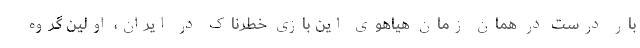
بار درست در همان زمان هیاهوی این بازی خطرناک در ایران، اولین گروه